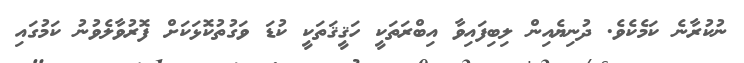
ނުކުރާނެ ކަމެކެވެ. ދުނިޔެއިން ލިބިފައިވާ އިބްރަތަކީ ހަޤީޤަތަކީ ކުޑަ ވަގުތުކޮޅަކަށް ފޮރުވާލެވުނު ކަމުގައި